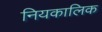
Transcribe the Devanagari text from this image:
नियकालिक